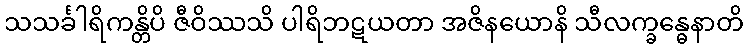
သသင်္ခါရိကန္တိပိ ဇီဝိဿသိ ပါရိဘဋယတာ အဇိနယောနိ သီလက္ခန္ဓေနာတိ